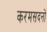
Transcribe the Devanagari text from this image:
करमसदनो